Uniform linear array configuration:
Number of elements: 24
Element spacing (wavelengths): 0.25
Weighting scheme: exponential
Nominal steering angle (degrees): -30
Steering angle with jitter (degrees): -30.535
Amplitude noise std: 0.05
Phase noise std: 0.05

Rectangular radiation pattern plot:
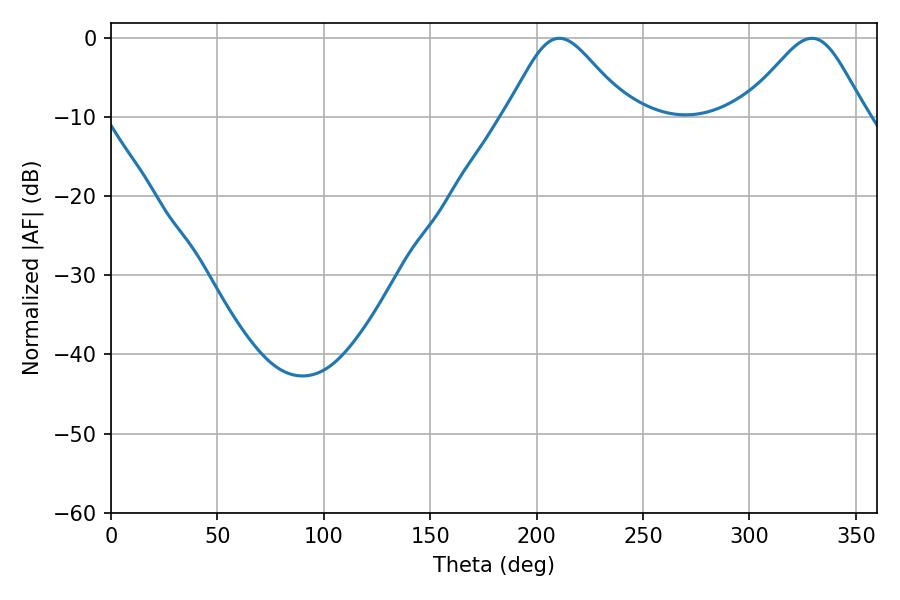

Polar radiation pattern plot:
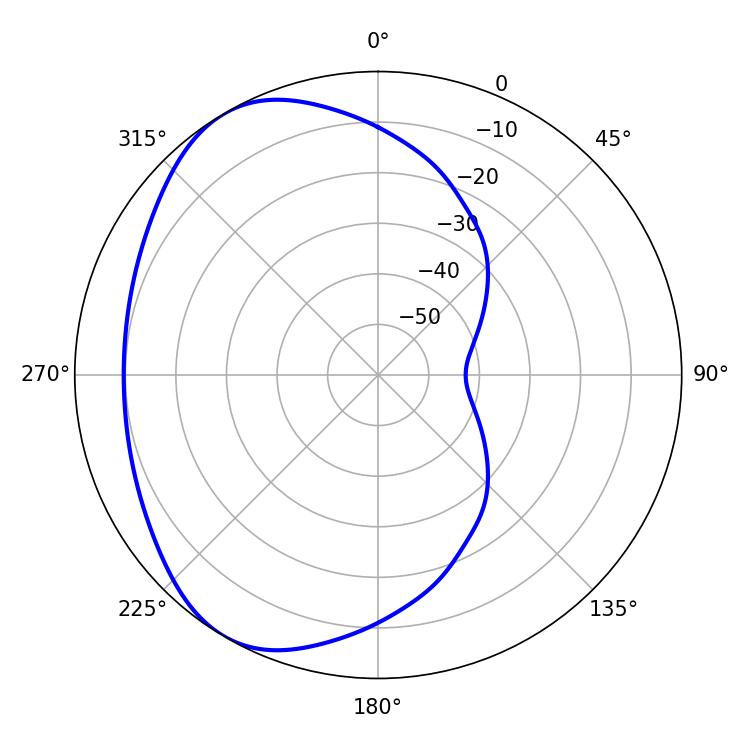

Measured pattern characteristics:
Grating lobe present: FALSE
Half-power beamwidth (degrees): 28.26
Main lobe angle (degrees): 210.6